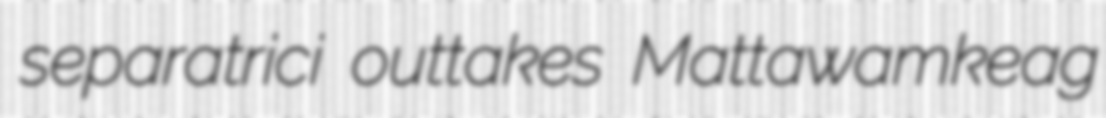
separatrici outtakes Mattawamkeag